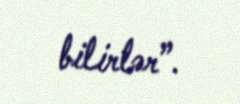
bilirlər”.